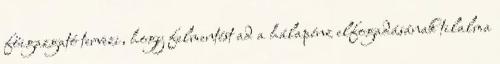
főigazgató tervezi, hogy felmentést ad a hálapénz elfogadásának tilalma